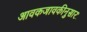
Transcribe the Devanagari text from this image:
आवकजावकीनुसार